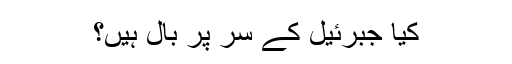
کیا جبرئیل کے سر پر بال ہیں؟